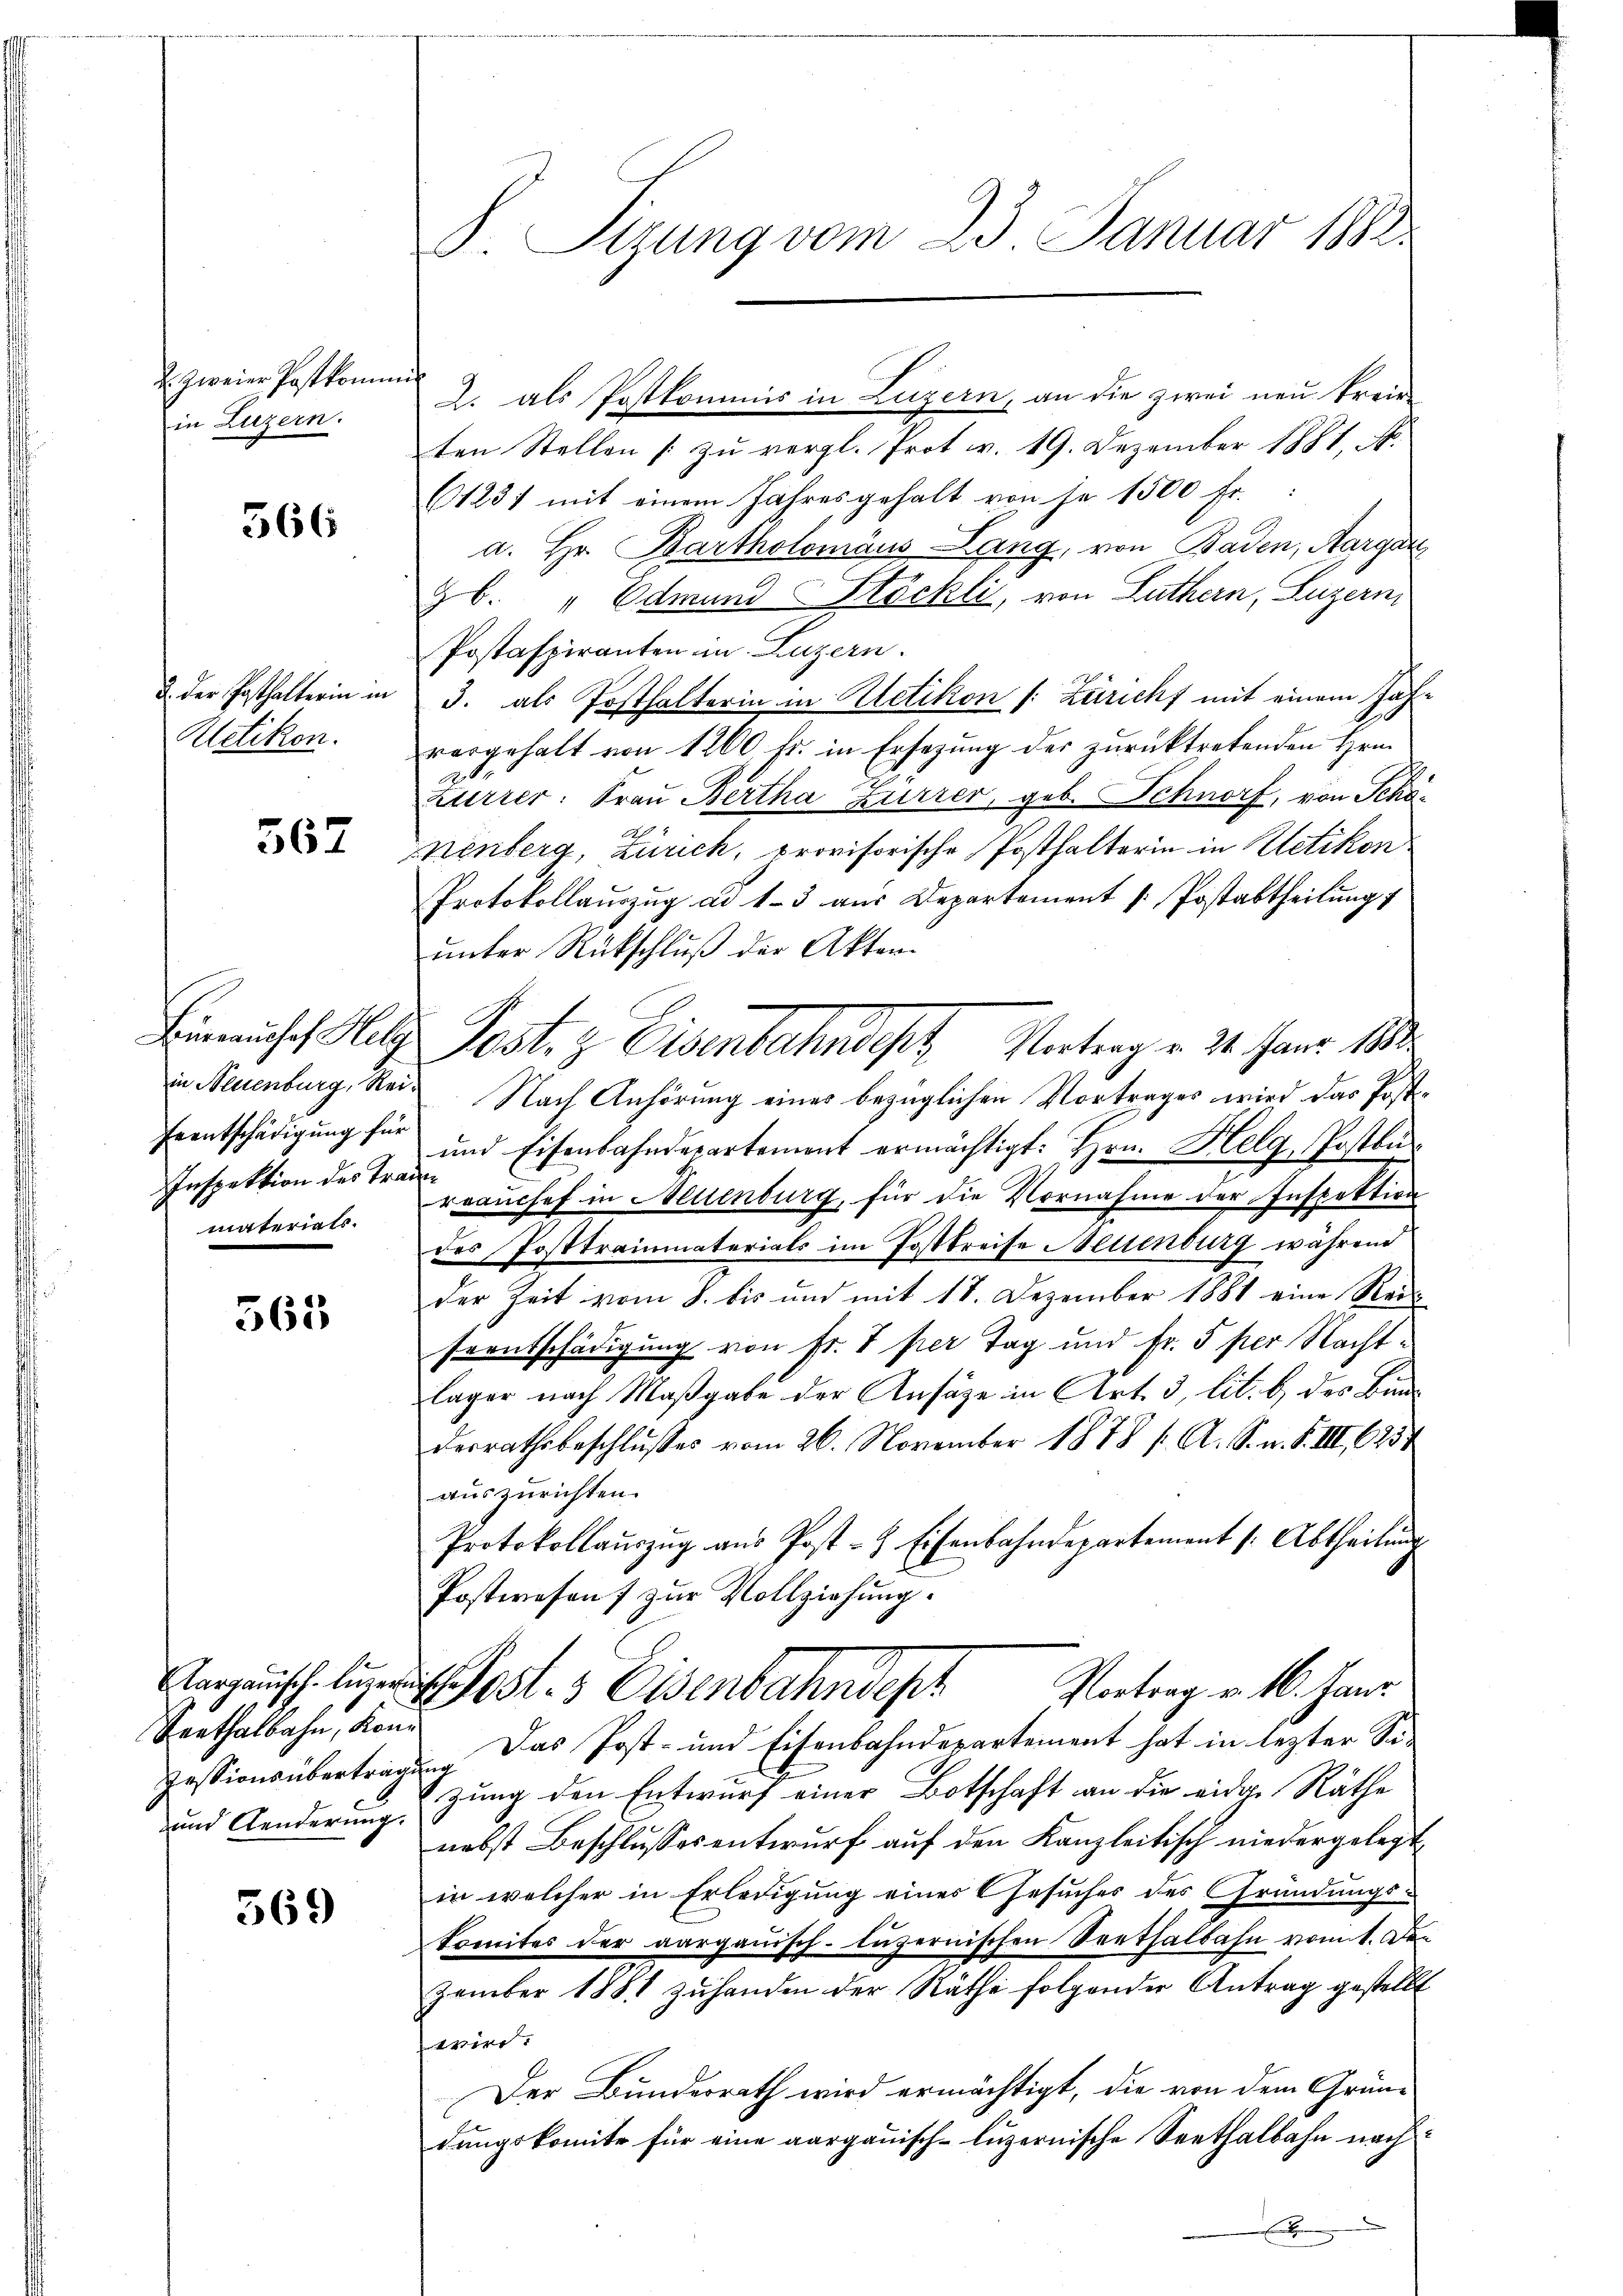
zweier Postkomm
in Luzern.

366

u. der Posthalterin in
Rletikon.

562

Inspektion des Traumaterials.

361

Verthalbahn, Kon¬
und Aenderung.

569

V. Segung vom 23. Januar 188

n
2. als Postkommis in Luzern, an die zwei neu kreisten Stellen [zu vergl. Prot v. 19. Dezember 1881, N.
61231 mit einem Jahres gehalt von je 1500 Fr.
a. Hr. Bartholomäus Lang, von Baden, Aargau
Gb. " Odmund Stöckli, von Luthern, Luzern
Postaspiranten in Luzern.
3. als Posthalterin in Uetikon (: Züricht mit einem Jahvorgehalt von 1200 fr. in Ersezung der zurücktretenden Hrn.
Zürrer: Frau Bertha Furrer, geb. Schnorf, von Schöh
nenberg, Zürich, provisorische Posthalterin in Uetikon
Protokollauszug ad 1-3 aus Departement [Postabtheilung
unter Rückschluß der Akten.
in Neuenburg, Reis Nach Anhörung eines bezüglichen Vortrages wird das Post¬
Erentschädigŭng für und Eisenbahndepartement ermächtigt: Hrn. Helg, Posten
rrauchef in Neuenburg, für die Vornahme der Inspektion
des Posttraumaterials im Postkreise Mettenburg während
der Zeit vom 8. bis und mit 18. Dezember 1881 eine Rei
seentschädigung von sr. I per Tag und Fr. 5 per Nachtlager nach Maßgabe der Ansätze in Art. 3, lit. b des Bunderrathsbeschlŭsses vom 26. November 1878 f. A. S. n. F. III 643
auszurichten.
Protokollaŭszŭg aŭs Post- & Eisenbahndepartement /: Abtheilŭng
Postwesens zur Vollziehung.
Vargauisch die Post. Eisenbahndeph
Vortrag v. 16. Janz
Zessionsübertrage. Das Post- und Eisenbahndepartement hat in lezter Sizung den Entwurf einer Botschaft an die eiden Räthe
nebst Beschlussesentwurf auf den Kanzleitisch niedergelegt
in welcher in Erledigung eines Gesuches des Gründungskomites der aargauisch-luzernischen Verthalbahn vom 1. De
zember 1881 zuhanden der Räthe folgender Antrag gestellt
wird.
Der Bundesrath wird ermächtigt, die von dem Grün-
dungskomite für eine aargauisch-luzernische Seethalbahn nachx

Einmisch Hag Post, z. Eisenbahndept Vortrag v. 21. Janr. 188.